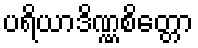
ပရိယာဒိဏ္ဏစိတ္တော